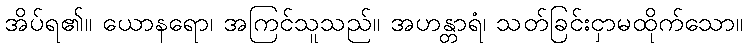
အိပ်ရ၏။ ယောနရော၊ အကြင်သူသည်။ အဟန္တာရံ၊ သတ်ခြင်းငှာမထိုက်သော။